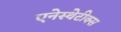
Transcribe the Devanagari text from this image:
एनेस्थेटीक्स